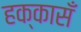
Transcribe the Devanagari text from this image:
हक्कासँ